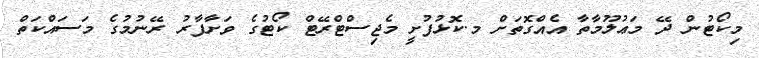
މިކޯޓުން ދޭ މަޢުލޫމާތާ އެއްގޮތަށް މ.ކޮޅުފުށީ މެޖިސްޓްރޭޓް ކޯޓުގެ ވަށާފާރު ރޭނުމުގެ މަސައްކަތް